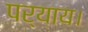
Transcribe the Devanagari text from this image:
पर्याय।